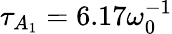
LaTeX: \tau_{A_{1}}=6.17\omega_{0}^{-1}